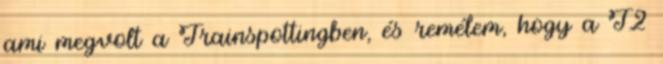
ami megvolt a Trainspottingben, és remélem, hogy a T2